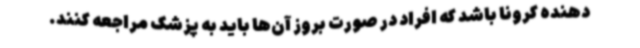
دهنده کرونا باشد که افراد در صورت بروز آن‌ها باید به پزشک مراجعه کنند.